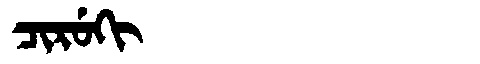
Manchu: ᠴᡳᡵᡠᡴᡳ
Romanization: CIRUKI